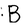
Character: B